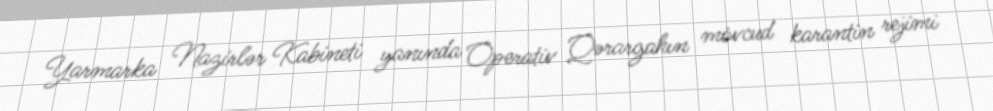
Yarmarka Nazirlər Kabineti yanında Operativ Qərargahın mövcud karantin rejimi